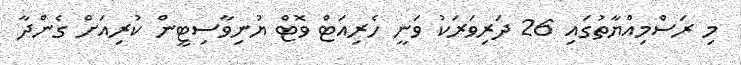
މި ރަސްމިއްޔާތުގައި 26 ދަރިވަރަކު ވަނީ ހެރިއަޓް ވޮޓް ޔުނިވާސިޓީން ކުރިއަށް ގެންދާ